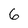
Character: 6